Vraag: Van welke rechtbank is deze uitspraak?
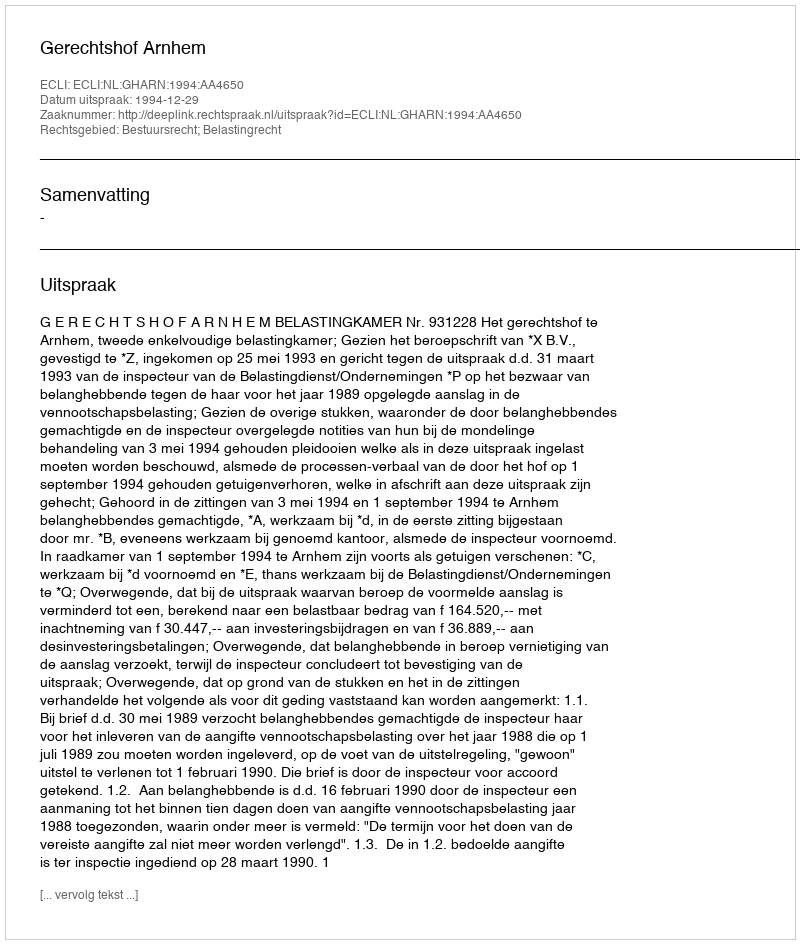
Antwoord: Gerechtshof Arnhem